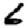
Digit: 6